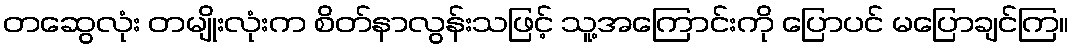
တဆွေလုံး တမျိုးလုံးက စိတ်နာလွန်းသဖြင့် သူ့အကြောင်းကို ပြောပင် မပြောချင်ကြ။